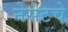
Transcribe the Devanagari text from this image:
नेसेटचे